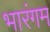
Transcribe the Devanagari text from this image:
भारंगम